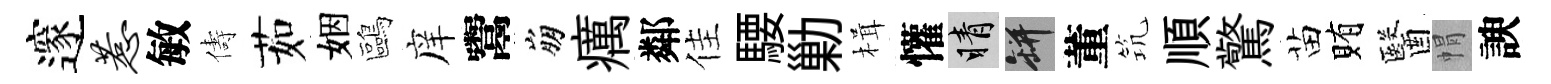
邃惹敏儔茹姻鷗庠鬻崩癘鄰佳騕勦楫懽睛瓶董𥬑順驚苗賄醫㡌諛